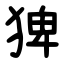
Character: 猈